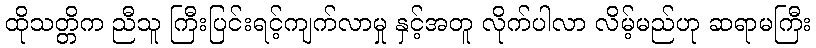
ထိုသတ္တိက ညီသူ ကြီးပြင်းရင့်ကျက်လာမှု နှင့်အတူ လိုက်ပါလာ လိမ့်မည်ဟု ဆရာမကြီး